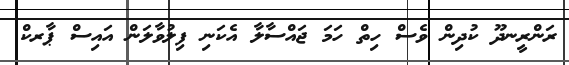
ރަންރީނދޫ ކުދިން ވެސް ހިތް ހަމަ ޖައްްސާލާ އެކަނި ފިލުވާލަން އައިސް ޕާރކް